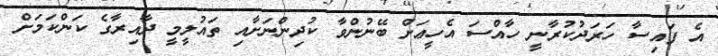
އެ ފައިސާ ހަރަދުކުރާނީ ހާއްސަ އެހީޢަށް ބޭނުންވާ ކުދިންނަށާއި ތައުލީމީ ދާއިރާގެ ކަންކަމަށް